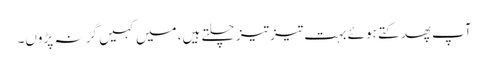
آپ پھدکتے ہوئے بہت تیز تیز چلتے ہیں، میں کہیں گر نہ پڑوں۔